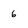
Character: 6